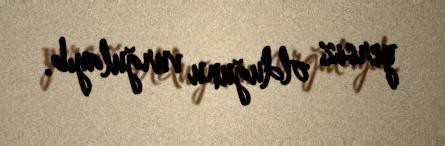
yersiz olduğunu vurğulayıb.